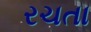
રચતા